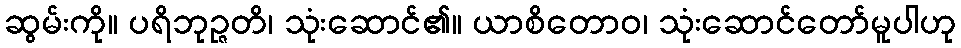
ဆွမ်းကို။ ပရိဘုဉ္ဇတိ၊ သုံးဆောင်၏။ ယာစိတောဝ၊ သုံးဆောင်တော်မူပါဟု